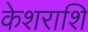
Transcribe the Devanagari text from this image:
केशराशि